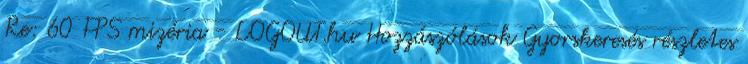
Re: 60 FPS mizéria - LOGOUT.hu Hozzászólások Gyorskeresés részletes